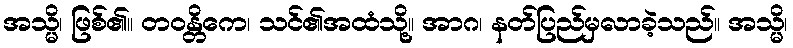
အသ္မိ၊ ဖြစ်၏။ တဝန္တိကေ၊ သင်၏အထံသို့။ အာဂ၊ နတ်ပြည်မှလာခဲ့သည်။ အသ္မိ၊